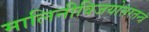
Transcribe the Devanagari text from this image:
मालिनीविजयोत्तरतन्त्र